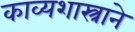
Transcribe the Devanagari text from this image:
काव्यशास्त्राने